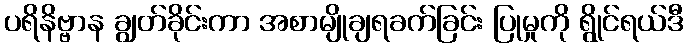
ပရိနိဗ္ဗာန ချွတ်ခိုင်းကာ အစာမျိုချရခက်ခြင်း ပြုမှုကို ရွိုင်ရယ်ဒီ